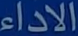
الاداء